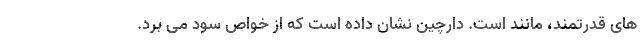
های قدرتمند، مانند است. دارچین نشان داده است که از خواص سود می برد.